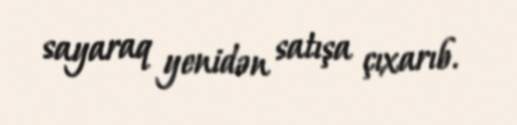
sayaraq yenidən satışa çıxarıb.